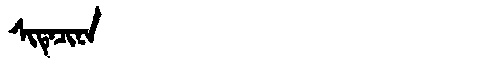
Manchu: ᠰᡳᡨᡝᠴᡳᠨᠠ
Romanization: SITECINA